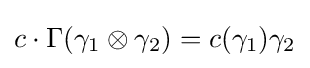
c\cdot \Gamma (\gamma _{1}\otimes \gamma _{2})=c(\gamma _{1})\gamma _{2}